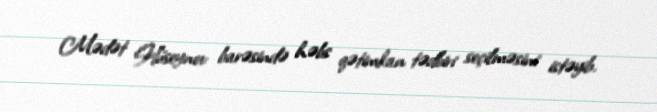
Mədət Hüseynov barəsində həbs qətimkan tədbiri seçilməsini istəyib.